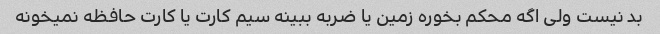
بد نیست ولی اگه محکم بخوره زمین یا ضربه ببینه سیم کارت یا کارت حافظه نمیخونه